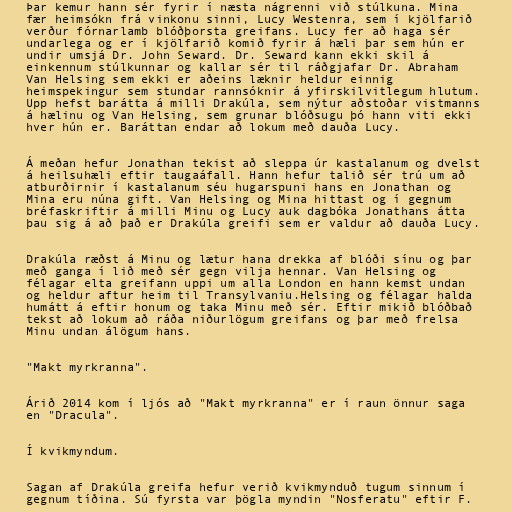
Þar kemur hann sér fyrir í næsta nágrenni við stúlkuna. Mina
fær heimsókn frá vinkonu sinni, Lucy Westenra, sem í kjölfarið
verður fórnarlamb blóðþorsta greifans. Lucy fer að haga sér
undarlega og er í kjölfarið komið fyrir á hæli þar sem hún er
undir umsjá Dr. John Seward. Dr. Seward kann ekki skil á
einkennum stúlkunnar og kallar sér til ráðgjafar Dr. Abraham
Van Helsing sem ekki er aðeins læknir heldur einnig
heimspekingur sem stundar rannsóknir á yfirskilvitlegum hlutum.
Upp hefst barátta á milli Drakúla, sem nýtur aðstoðar vistmanns
á hælinu og Van Helsing, sem grunar blóðsugu þó hann viti ekki
hver hún er. Baráttan endar að lokum með dauða Lucy.

Á meðan hefur Jonathan tekist að sleppa úr kastalanum og dvelst
á heilsuhæli eftir taugaáfall. Hann hefur talið sér trú um að
atburðirnir í kastalanum séu hugarspuni hans en Jonathan og
Mina eru núna gift. Van Helsing og Mina hittast og í gegnum
bréfaskriftir á milli Minu og Lucy auk dagbóka Jonathans átta
þau sig á að það er Drakúla greifi sem er valdur að dauða Lucy.

Drakúla ræðst á Minu og lætur hana drekka af blóði sínu og þar
með ganga í lið með sér gegn vilja hennar. Van Helsing og
félagar elta greifann uppi um alla London en hann kemst undan
og heldur aftur heim til Transylvaniu.Helsing og félagar halda
humátt á eftir honum og taka Minu með sér. Eftir mikið blóðbað
tekst að lokum að ráða niðurlögum greifans og þar með frelsa
Minu undan álögum hans.

"Makt myrkranna".

Árið 2014 kom í ljós að "Makt myrkranna" er í raun önnur saga
en "Dracula".

Í kvikmyndum.

Sagan af Drakúla greifa hefur verið kvikmynduð tugum sinnum í
gegnum tíðina. Sú fyrsta var þögla myndin "Nosferatu" eftir F.